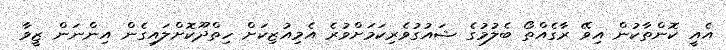
އެއީ ކޮންތާކުން އިވޭ ރާގެއްތޯ ބެލުމުގެ ޝައުގުވެރިކަމަށްވުރެ އެމިއުޒިކަށް ހިތްދޫކޮށްލައިގެން އިންނަން ޒީވާ